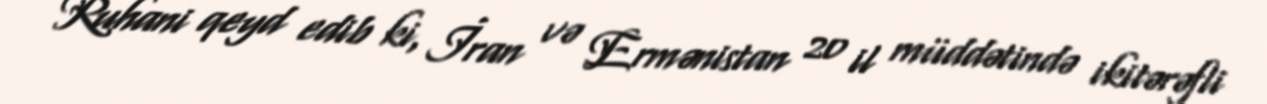
Ruhani qeyd edib ki, İran və Ermənistan 20 il müddətində ikitərəfli